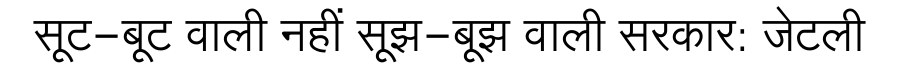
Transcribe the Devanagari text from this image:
सूट-बूट वाली नहीं सूझ-बूझ वाली सरकार: जेटली